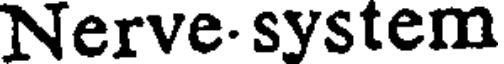
Nerve. system